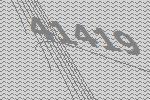
41419